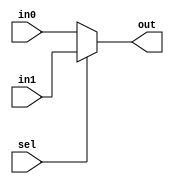
module mux_2to1(out,in0,in1,sel);
  parameter N=1;
  output[N-1:0] out;
  input[N-1:0] in0,in1;
  input sel;
  assign out=sel?in1:in0;
endmodule